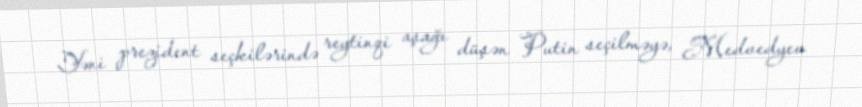
Yəni prezident seçkilərində reytinqi aşağı düşən Putin seçilməyə, Medvedyev